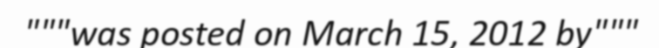
"""was posted on March 15, 2012 by"""